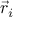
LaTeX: { \vec { r } } _ { i }